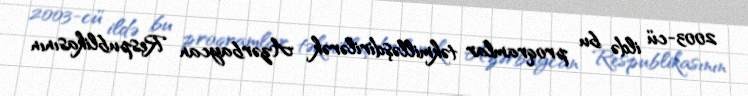
2003-cü ildə bu proqramlar təkmilləşdirilərək Azərbaycan Respublikasının